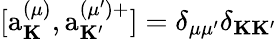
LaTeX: [\mathrm{a}_{\mathbf K}^{(\mu)},\mathrm{a}_{\mathbf K^{\prime}}^{(\mu^{\prime})+}]=\delta_{\mu\mu^{\prime}}\delta_{{\mathbf K}{\mathbf K^{\prime}}}